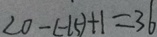
2 0 - ( - 1 5 ) + 1 = 3 6